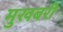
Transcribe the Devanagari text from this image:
मुखबरी